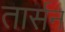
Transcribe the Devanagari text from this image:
तार्सन